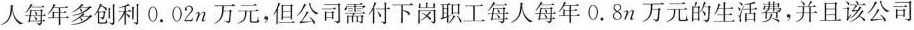
人每年多创利0.02n万元，但公司需付下岗职工每人每年0.8n万元的生活费，并且该公司